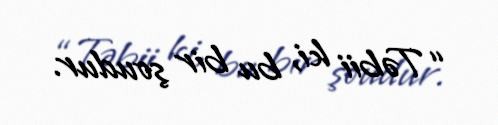
“Təbii ki, bu bir şoudur.